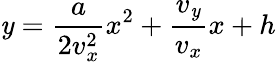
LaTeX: \mathit{y}={\frac{{a}}{{2v_{x}^{2}}}}x^{2}+{\frac{{v_{\mathit{y}}}}{{v_{x}}}}x+h